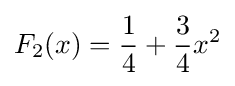
F_{2}(x)={\frac {1}{4}}+{\frac {3}{4}}x^{2}